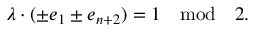
\lambda \cdot ( \pm e _ { 1 } \pm e _ { n + 2 } ) = 1 \quad \mathrm { m o d } \quad 2 .